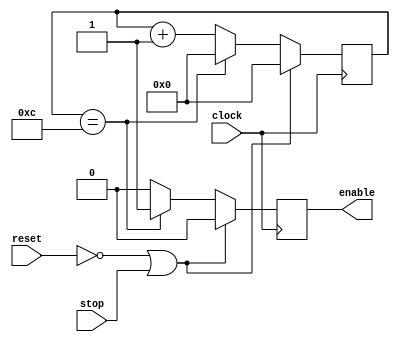
module PPS_Counter(input clock, reset, stop, output reg enable);

/*********************************************************************/
/*									PARAMETERS											*/
/*********************************************************************/

	parameter FRAMES_PER_PIXEL = 12; 
	
/*********************************************************************/
/*							OUTPUT REGISTER INITIALIZATION						*/
/*********************************************************************/
	
	initial enable = 0;
	

/*********************************************************************/
/*							INTERNAL WIRES/REGISTERS								*/
/*********************************************************************/

	reg[3:0] Q = 0;

/*********************************************************************/
/*							PIXELS-PER-SECOND COUNTER								*/
/*********************************************************************/

	always @(posedge clock)
		begin
			if (!reset || stop) begin
				Q <= 0;
				enable <= 0;
			end
			else if (Q == FRAMES_PER_PIXEL) begin
				Q <= 0;
				enable <= 1;
			end
			else begin
				Q <= Q + 1'b1;
				enable <= 0;
			end
		end
		
endmodule